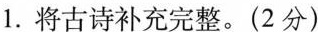
1.将古诗补充完整。(2分)